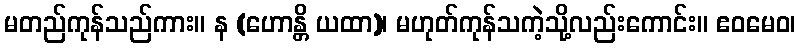
မတည်ကုန်သည်ကား။ န (ဟောန္တိ ယထာ)၊ မဟုတ်ကုန်သကဲ့သို့လည်းကောင်း။ ဧဝမေဝ၊